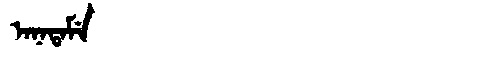
Manchu: ᠠᠨᠠᡨᠠᠮᡝ
Romanization: ANATAME